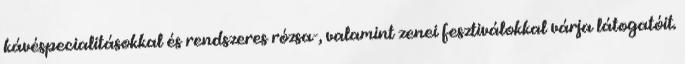
kávéspecialitásokkal és rendszeres rózsa-, valamint zenei fesztiválokkal várja látogatóit.